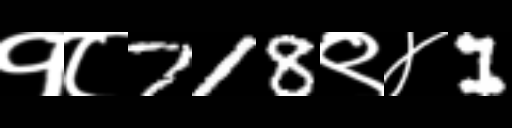
Text: १८718९४1